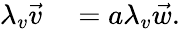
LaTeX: \begin{array}{rl}{\lambda_{v}\vec{v}}&{{}=a\lambda_{v}\vec{w}.}\end{array}